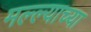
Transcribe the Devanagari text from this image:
मल्ल्याच्या